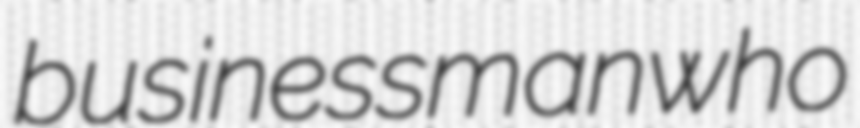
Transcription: businessman who